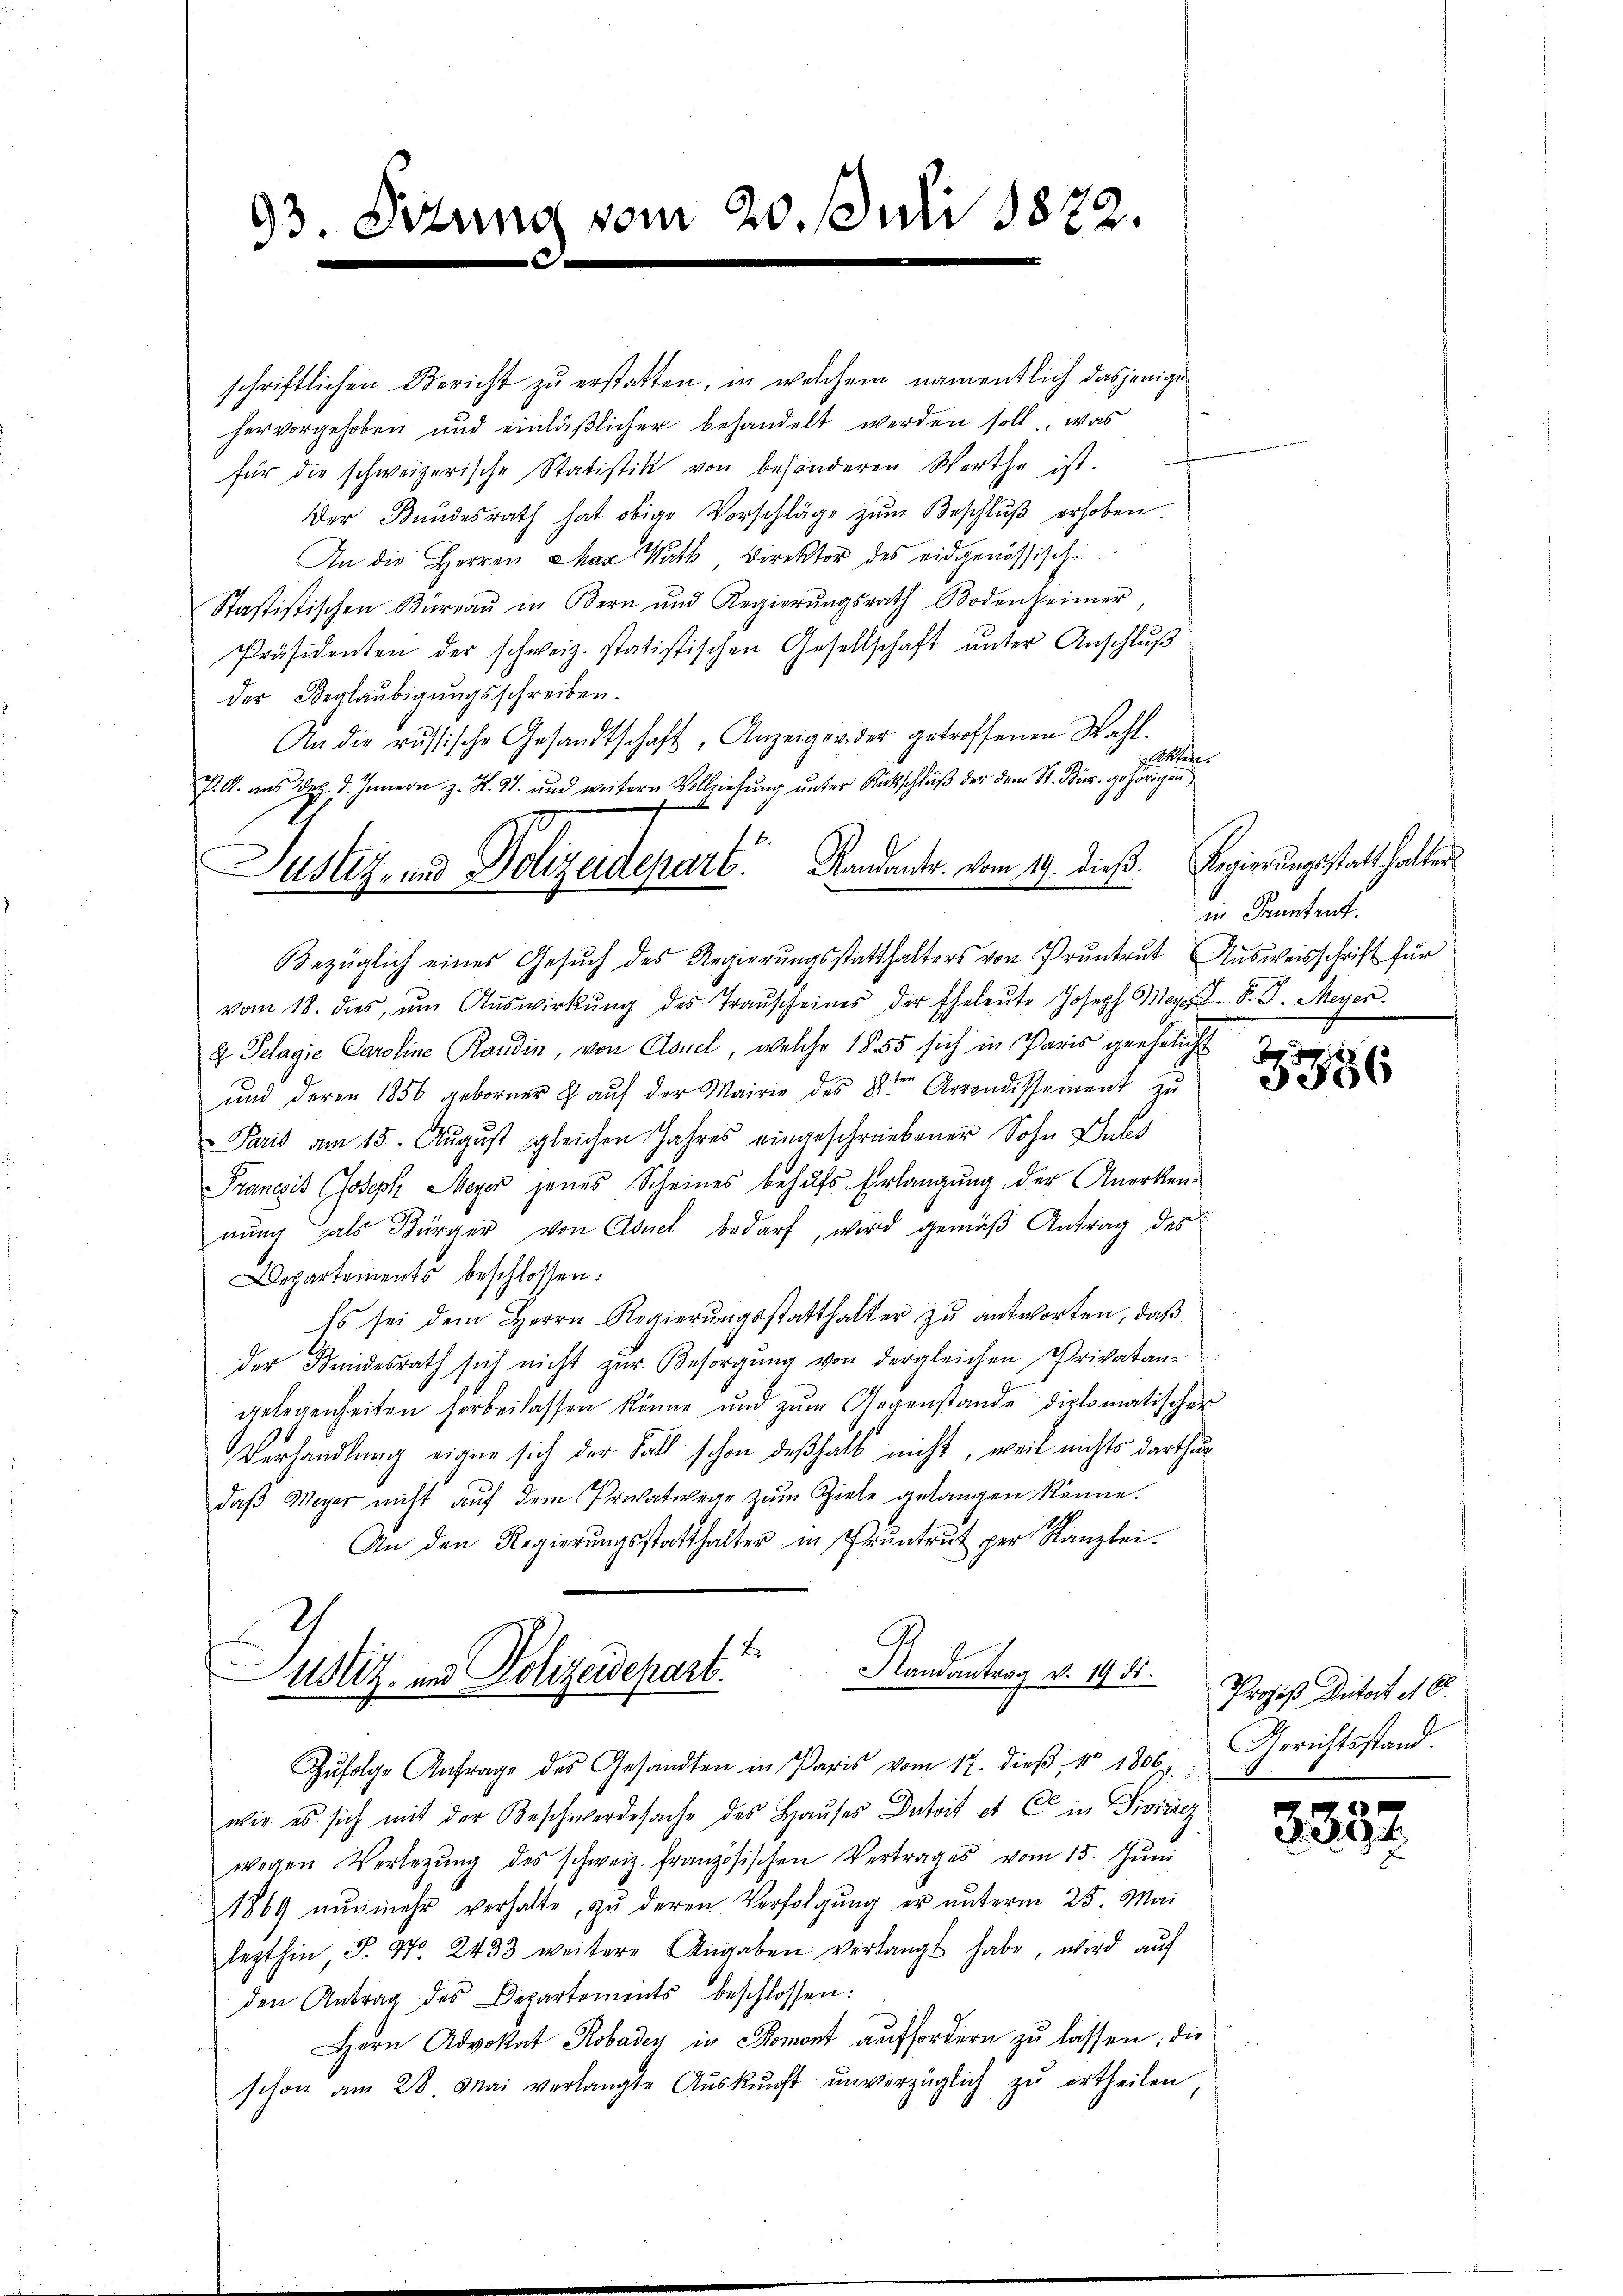
schriftlichen Bericht zu erstatten, in welchem namentlich dasjenige
hervorgehoben und einläβlicher behandelt werden soll, was
für die schweizerische Statistik von besonderen Werthe ist.
Der Bundesrath hat obige Vorschläge zŭm Beschlŭβ erhoben.
An die Herren Mag. Nath Direktor des eidgenössische
Stastistischen Büreaŭ in Bern und Regierŭngsrath Bodenheimer,
Präsidenten der schweiz. statistischen Gesellschaft unter Anschluß
der Beglaubigungsschreiben.
An die russische Gesandtschaft, Anzeiger der getroffenen Wahl.
2
heger
P. A. aus Dr. J. Innern z. H. St. und weitere Vollziehung unter Rückschluß der dem St. Nur gehörigen
                                   Griechen
Bezüglich eines Gesuch des Regierungsstatthalters von Pruntrut Ausweisschrift für
vom 18. dies, ŭm Aŭswirkŭng des Traŭscheines der Eheleŭte Joseph Meyer. P. J. Meyer.
2 Pelagie Caroline Randin, von Asuel, welche 1855 sich in Paris geehelicht
ŭnd deren 1856 geborner E. aŭf der Mairie des 8ten Arrondissement zŭ
Paris am 15. August gleichen Jahres eingeschriebener Sohn Subs
Prancis Joseph Meyer jenes Scheines behufs Erlangung der Anerkennung als Bürger von Asuel bedarf, wird gemäß Antrag des
Departements beschlossen:
Es sei dem Herrn Regierŭngsstatthalter zŭ antworten, daβ
der Kundesrath sich nicht zŭr Besorgŭng von dergleichen Privatan-
gelegenheiten herbeilassen könne und zum Gegenstande diplomatischer
Verhandlung eigen sich der Fall schon deßhalb nicht, weil nichts darthur
daß Meyer nicht auf dem Privatwege zum Ziele gelangen könne.
An den Regierŭngsstatthalter in Pruntrut per Kanzlei-
.
Randantrag v. 1985.
Notiz und Polizeidepart
Zŭfolge Anfrage des Gesandten in Paris vom 17. dieβ, No 1806 Gerichtsstand.
wie es sich mit der Beschwerdesache des Haŭses Datoit et C in Sivicicz
wegen Verlegŭng des schweiz. Französischen Vertrages vom 15. Jŭni
1869 nŭnmehr verhalte, zu deren Verfolgung er unterm 25. Mai
lezthin, J. No. 2433 weitere Angaben verlangt habe, wird aŭf
den Antrag des Departements beschlossen:
Hern Advokat Robadey in Romont auffordern zu lassen; die
schon am 28. Mai verlangte Aŭskŭnft unverzüglich zŭ ertheilen,

93 Sitzung vom 20. Juli 1872.

in Frantent.

B
5386

Prozeß Distort d. 6.

2352.